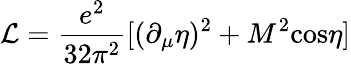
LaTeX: {\cal\mathcal{L}}=\frac{{e^{2}}}{{32\pi^{2}}}[(\partial_{\mu}\eta)^{2}+M^{2}\mathrm{{cos}}\eta]